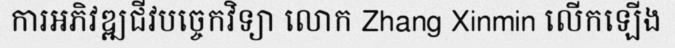
ការអភិវឌ្ឍជីវបច្ចេកវិទ្យា លោក Zhang Xinmin លើកឡើង